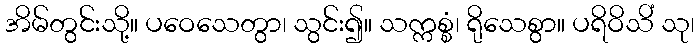
အိမ်တွင်းသို့။ ပဝေသေတွာ၊ သွင်း၍။ သက္ကစ္စံ၊ ရိုသေစွာ။ ပရိဝိသိံ သု၊